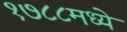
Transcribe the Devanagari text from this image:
१७८८मध्ये